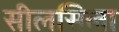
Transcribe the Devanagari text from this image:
सीलसिला